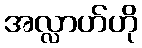
အလ္လာဟ်ဟို